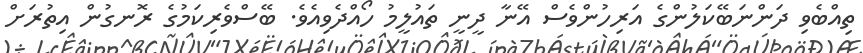
ތިއްބެވި ދަންނަބޭކަލުންގެ އަރިހުންވެސް އޭނާ ދީނީ ތައުލީމު ހޯއްދެވިއެވެ. ބޭސްވެރިކަމުގެ ރޮނގުން އިތުރަށް